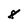
Character: 8